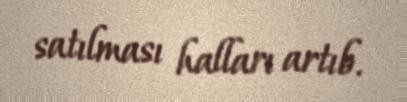
satılması halları artıb.